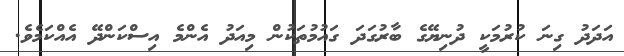
އަދަދު ގިނަ ކުރުމަކީ ދުނިޔޭގެ ބާރުގަދަ ގައުމުތަކުން މިއަދު އެންމެ އިސްކަންދޭ އެއްކަމެވެ.